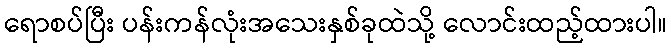
ရောစပ်ပြီး ပန်းကန်လုံးအသေးနှစ်ခုထဲသို့ လောင်းထည့်ထားပါ။